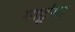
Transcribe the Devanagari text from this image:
माटूंगा